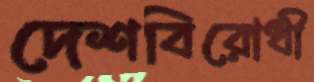
দেশবিরোধী